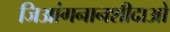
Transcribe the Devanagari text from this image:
जिआंगनानशीदाओ